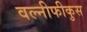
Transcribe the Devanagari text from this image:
वल्नीफीकुस